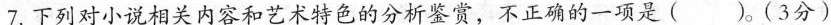
7.下列对小说相关内容和艺术特色的分析鉴骨，不正确的一项是()。(3分)